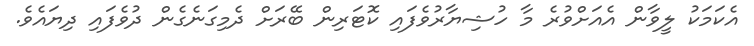
އެކަމަކު ލީވާން އެއަށްވުރެ މާ ހުޝިޔާރުވެފައި ކޮޓަރިން ބޭރަށް ދެމިގަނެގެން ދުވެފައި ދިޔައެވެ.